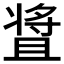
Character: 𬌒